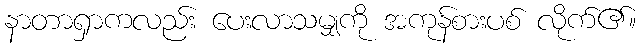
နာတာရှာကလည်း ပေးလာသမျှကို အကုန်စားပစ် လိုက်၏။